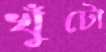
খুঁটো